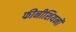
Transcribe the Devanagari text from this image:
फीनीशियनों